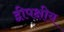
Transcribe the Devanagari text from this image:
द्वीपक्षीय